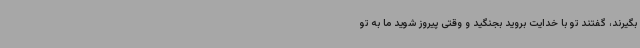
بگیرند، گفتند تو با خدایت بروید بجنگید و وقتی پیروز شوید ما به تو